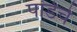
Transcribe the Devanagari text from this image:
पांडेचे